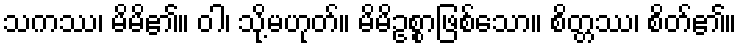
သကဿ၊ မိမိ၏။ ဝါ၊ သို့မဟုတ်။ မိမိဥစ္စာဖြစ်သော။ စိတ္တဿ၊ စိတ်၏။